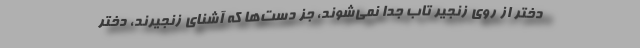
دختر از روي زنجير تاب جدا نمي‌شوند، جز دست‌ها كه آشناي زنجيرند، دختر